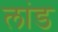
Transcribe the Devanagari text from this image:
लांड